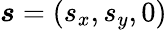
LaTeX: \boldsymbol{s}=(s_{x},s_{y},0)